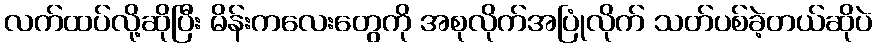
လက်ထပ်လို့ဆိုပြီး မိန်းကလေးတွေကို အစုလိုက်အပြုံလိုက် သတ်ပစ်ခဲ့တယ်ဆိုပဲ